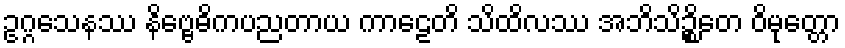
ဥဂ္ဂသေနဿ နိဗ္ဗေဓိကပညတာယ ကာဠေတိ သိထိလဿ အဘိသိဉ္စိတေ ဝိမုတ္တော